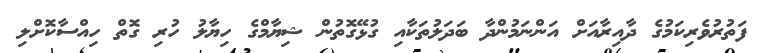
ފަތުރުވެރިކަމުގެ ދާއިރާއަށް އަންނަމުންދާ ބަދަލުތަކާއި ގުޅޭގޮތުން ޝިޔާމްގެ ހިޔާލު ހުރި ގޮތް ހިއްސާކޮށްލި